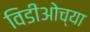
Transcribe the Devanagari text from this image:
विडीओच्या